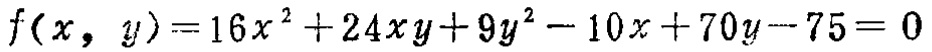
\(f(x,y)=16x^{2}+24xy + 9y^{2}-10x + 70y-75 = 0\)